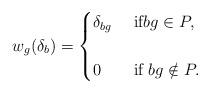
LaTeX: \begin{align*} w_{g}(\delta_{b})=\begin{cases} \delta_{bg} & \mbox{ if} bg \in P,\cr &\cr 0 & \mbox{ if } bg \notin P. \end{cases}\end{align*}